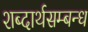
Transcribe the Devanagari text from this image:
शब्दार्थसम्बन्ध